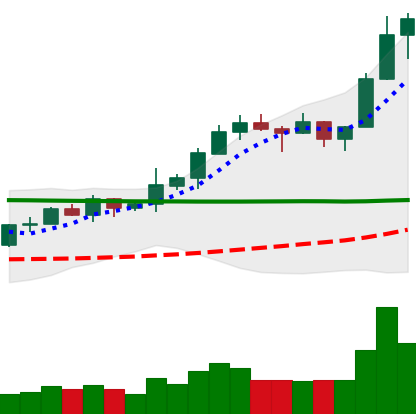
Ticker: XRP-USD
Chart end date: 2020-02-14
Forward return: -17.09%
Label: down_7plus